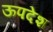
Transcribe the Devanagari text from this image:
ऊपदेश